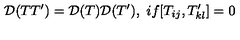
{ \cal D } ( T T ^ { \prime } ) = { \cal D } ( T ) { \cal D } ( T ^ { \prime } ) , \ i f [ T _ { i j } , T _ { k l } ^ { \prime } ] = 0